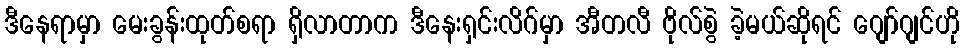
ဒီနေရာမှာ မေးခွန်းထုတ်စရာ ရှိလာတာက ဒီနေးရှင်းလိဂ်မှာ အီတလီ ဗိုလ်စွဲ ခဲ့မယ်ဆိုရင် ဂျော်ဂျင်ဟို